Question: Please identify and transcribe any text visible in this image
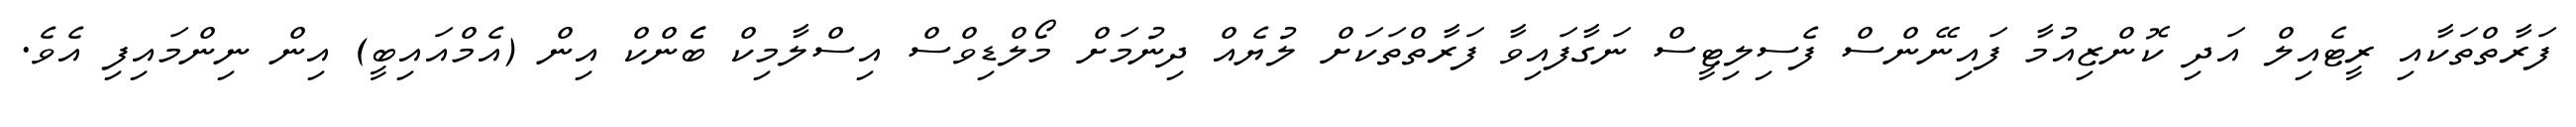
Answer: ފަރާތްތަކާއި ރީޓެއިލް އަދި ކޮންޒިއުމާ ފައިނޭންސް ފެސިލިޓީސް ނަގާފައިވާ ފަރާތްތަކަށް ލުޔެއް ދިނުމަށް މޯލްޑިވްސް އިސްލާމިކް ބެެންކް އިން (އެމްއައިބީ) އިން ނިންމައިފި އެވެ.